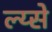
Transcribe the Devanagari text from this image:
ल्य्से